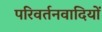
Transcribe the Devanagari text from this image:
परिवर्तनवादियों